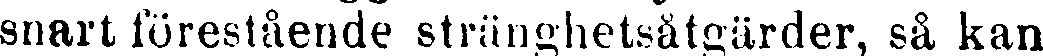
snart förestående stränghetsåtgärder, så kan